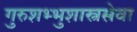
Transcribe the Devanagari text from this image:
गुरुशभ्भुशास्त्रसेवा